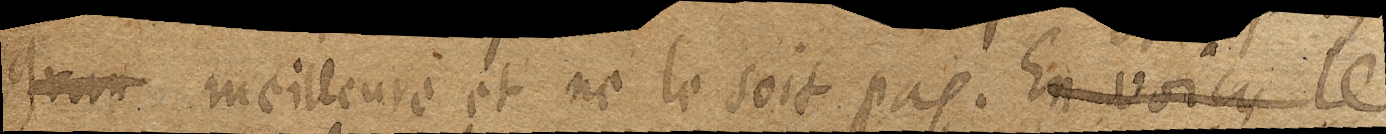
gran meilleure et ne le soit pas. En voicy le